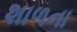
શાળના